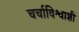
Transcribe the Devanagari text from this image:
चर्चाविश्वाशी